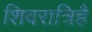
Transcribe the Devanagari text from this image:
शिवरात्रिहै